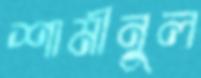
শামীনুল